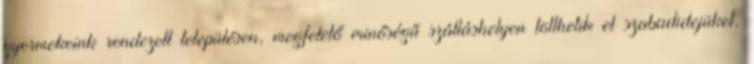
gyermekeink rendezett településen, megfelelő minőségű szálláshelyen tölthetik el szabadidejüket,